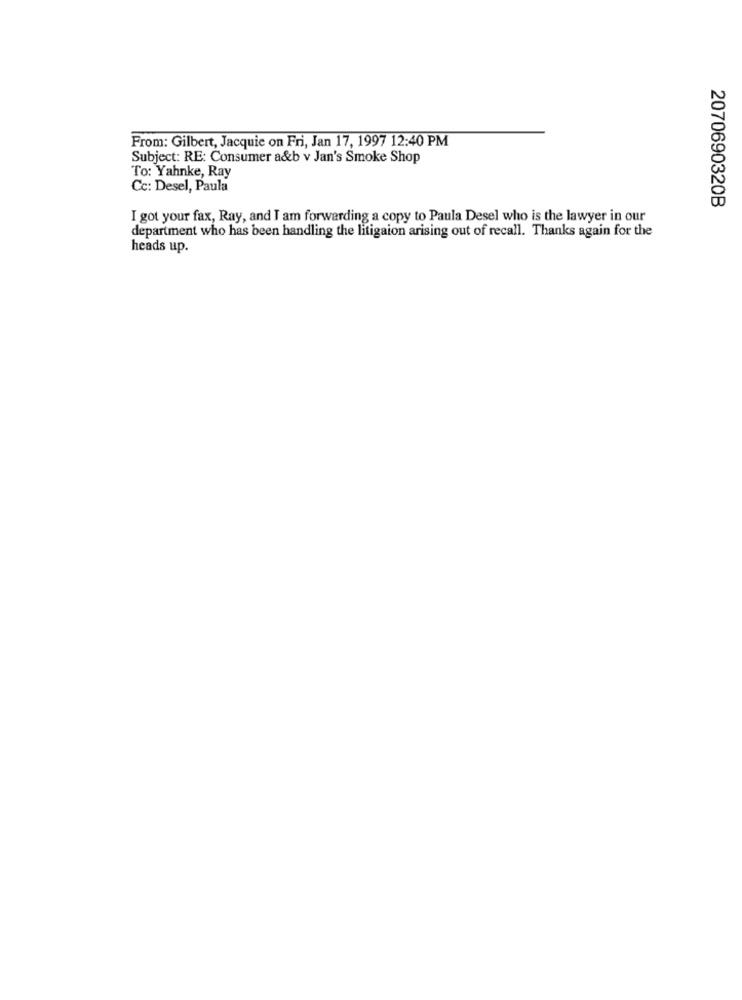
From: Gilbert, Jacquie on Fri, Jan 17, 1997 12:40 PM
Subject: RE: Consumer a&b v Jan's Smoke Shop
To: Yahnke, Ray
Cc: Desel, Paula
2070690320B
I got your fax, Ray, and I am forwarding a copy to Paula Desel who is the lawyer in our
department who has been handling the litigaion arising out of recall. Thanks again for the
heads up.